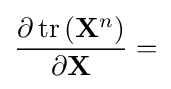
{\frac {\partial \operatorname {tr} \left(\mathbf {X} ^{n}\right)}{\partial \mathbf {X} }}=